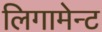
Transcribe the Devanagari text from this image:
लिगामेन्ट